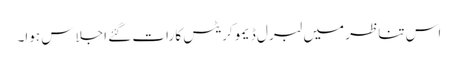
اس تناظر میں لبرل ڈیمو کریٹس کا رات گئے اجلاس ہوا۔